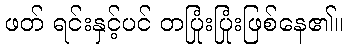
ဖတ် ရင်းနှင့်ပင် တပြုံးပြုံးဖြစ်နေ၏။